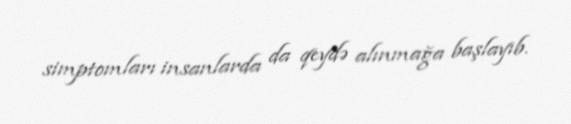
simptomları insanlarda da qeydə alınmağa başlayıb.